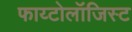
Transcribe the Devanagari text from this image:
फाय्टोलॉजिस्ट